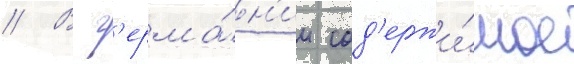
// В г'ерма́н'ии сод'ержи́мое